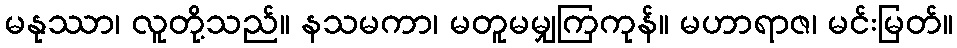
မနုဿာ၊ လူတို့သည်။ နသမကာ၊ မတူမမျှကြကုန်။ မဟာရာဇ၊ မင်းမြတ်။